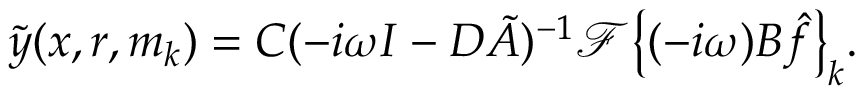
\tilde { y } ( x , r , m _ { k } ) = C ( - i \omega I - D \tilde { A } ) ^ { - 1 } \mathcal { F } \bigl \{ ( - i \omega ) B \hat { f } \bigl \} _ { k } .